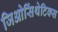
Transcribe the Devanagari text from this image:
जिओसिंथेटिक्स